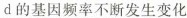
d的基因频率不断发生变化